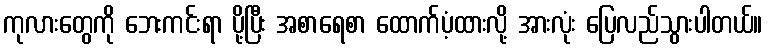
ကုလားတွေကို ဘေးကင်းရာ ပို့ပြီး အစာရေစာ ထောက်ပံ့ထားလို့ အားလုံး ပြေလည်သွားပါတယ်။